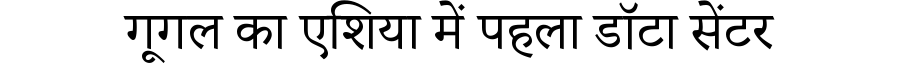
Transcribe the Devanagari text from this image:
गूगल का एशिया में पहला डॉटा सेंटर